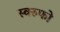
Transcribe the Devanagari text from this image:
स्वरुफो